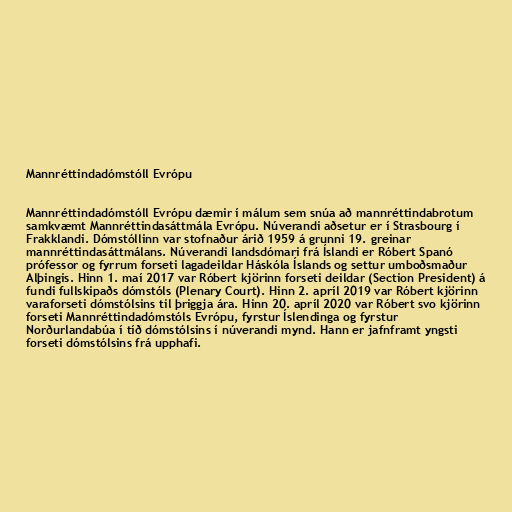
Mannréttindadómstóll Evrópu

Mannréttindadómstóll Evrópu dæmir í málum sem snúa að mannréttindabrotum
samkvæmt Mannréttindasáttmála Evrópu. Núverandi aðsetur er í Strasbourg í
Frakklandi. Dómstóllinn var stofnaður árið 1959 á grunni 19. greinar
mannréttindasáttmálans. Núverandi landsdómari frá Íslandi er Róbert Spanó
prófessor og fyrrum forseti lagadeildar Háskóla Íslands og settur umboðsmaður
Alþingis. Hinn 1. maí 2017 var Róbert kjörinn forseti deildar (Section President) á
fundi fullskipaðs dómstóls (Plenary Court). Hinn 2. apríl 2019 var Róbert kjörinn
varaforseti dómstólsins til þriggja ára. Hinn 20. apríl 2020 var Róbert svo kjörinn
forseti Mannréttindadómstóls Evrópu, fyrstur Íslendinga og fyrstur
Norðurlandabúa í tíð dómstólsins í núverandi mynd. Hann er jafnframt yngsti
forseti dómstólsins frá upphafi.